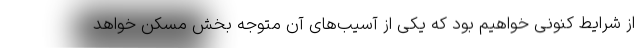
از شرایط کنونی خواهیم بود که یکی از آسیب‌های آن متوجه بخش مسکن خواهد